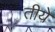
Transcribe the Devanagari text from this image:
तीये